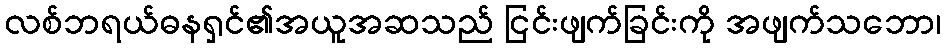
လစ်ဘရယ်ဓနရှင်၏အယူအဆသည် ငြင်းဖျက်ခြင်းကို အဖျက်သဘော၊